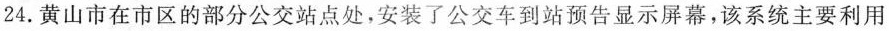
24.黄山市在市区的部分公交站点处，安装了公交车到站预告显示屏幕，该系统主要利用